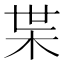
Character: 枼